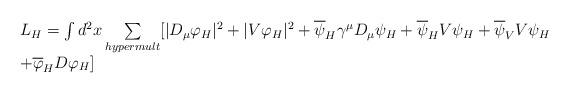
LaTeX: \begin{align*}\begin{array}{lcr}L_H=\int d^2x \sum\limits _{hypermult} [|D_\mu \varphi_H|^2+|V\varphi_H|^2+ \overline{\psi}_H \gamma^\mu D_\mu \psi_H+\overline{\psi}_H V{\psi}_H+\overline{\psi}_VV{\psi}_H \\+ \overline\varphi_H D\varphi_H]\end{array}\end{align*}